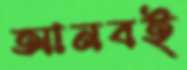
আনবই